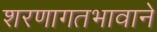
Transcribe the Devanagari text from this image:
शरणागतभावाने